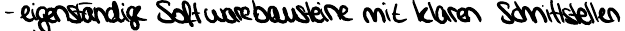
- eigenständige Softwarebausteine mit klaren Schnittstellen